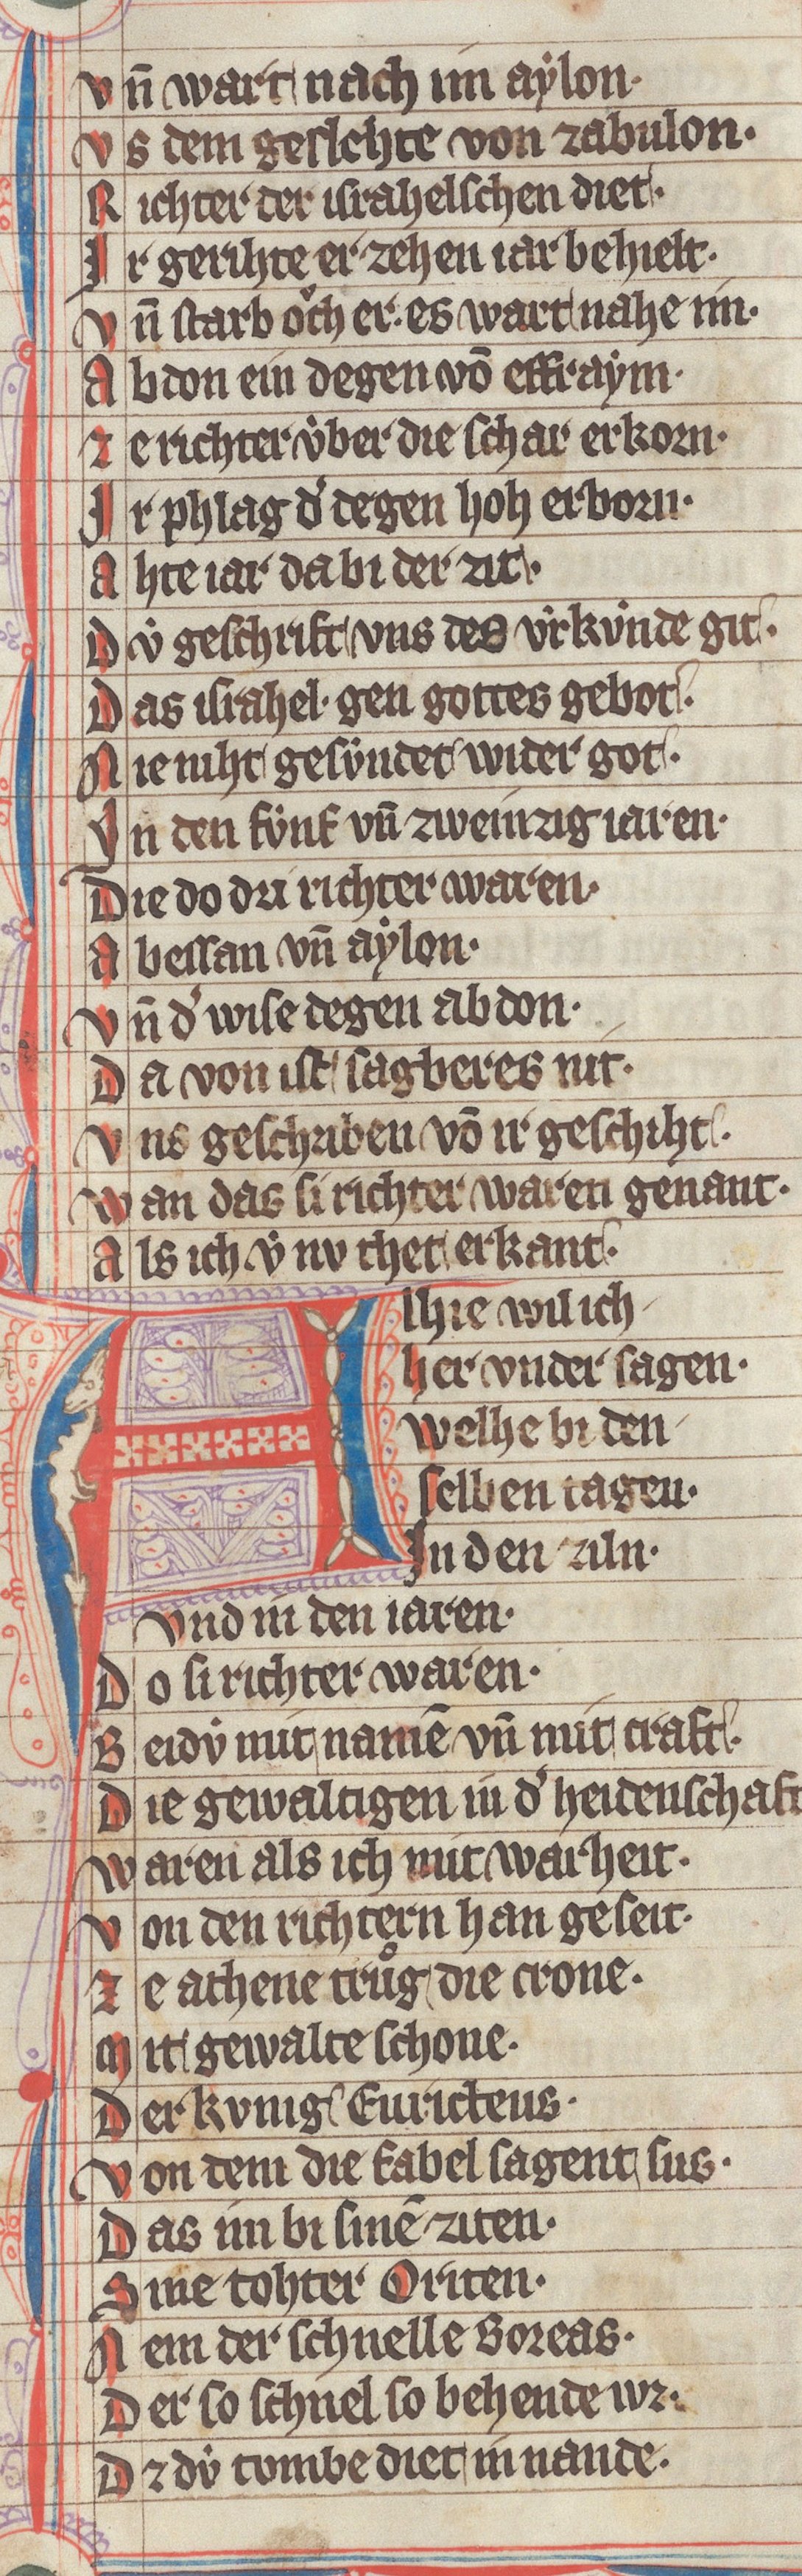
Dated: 1340–1350